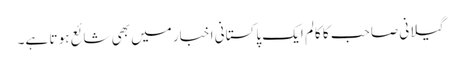
گیلانی صاحب کا کالم ایک پاکستانی اخبار میں بھی شائع ہو تا ہے۔